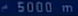
5000 m